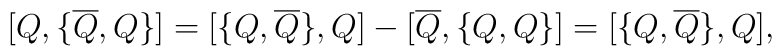
{[} Q, {\{} \overline{Q}, Q {\}} {]} = {[} {\{}Q,  \overline{Q} {\}}, Q {]} - {[} \overline{Q}, {\{} Q , Q {\}} {]} = {[} {\{}Q,  \overline{Q} {\}}, Q {]},